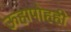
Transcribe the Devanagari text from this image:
ऊहापोहही